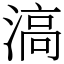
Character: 滈